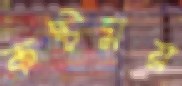
কষ্টময়